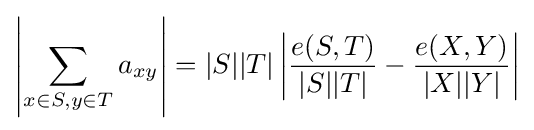
\left|\sum _{x\in S,y\in T}a_{xy}\right|=|S||T|\left|{\frac {e(S,T)}{|S||T|}}-{\frac {e(X,Y)}{|X||Y|}}\right|